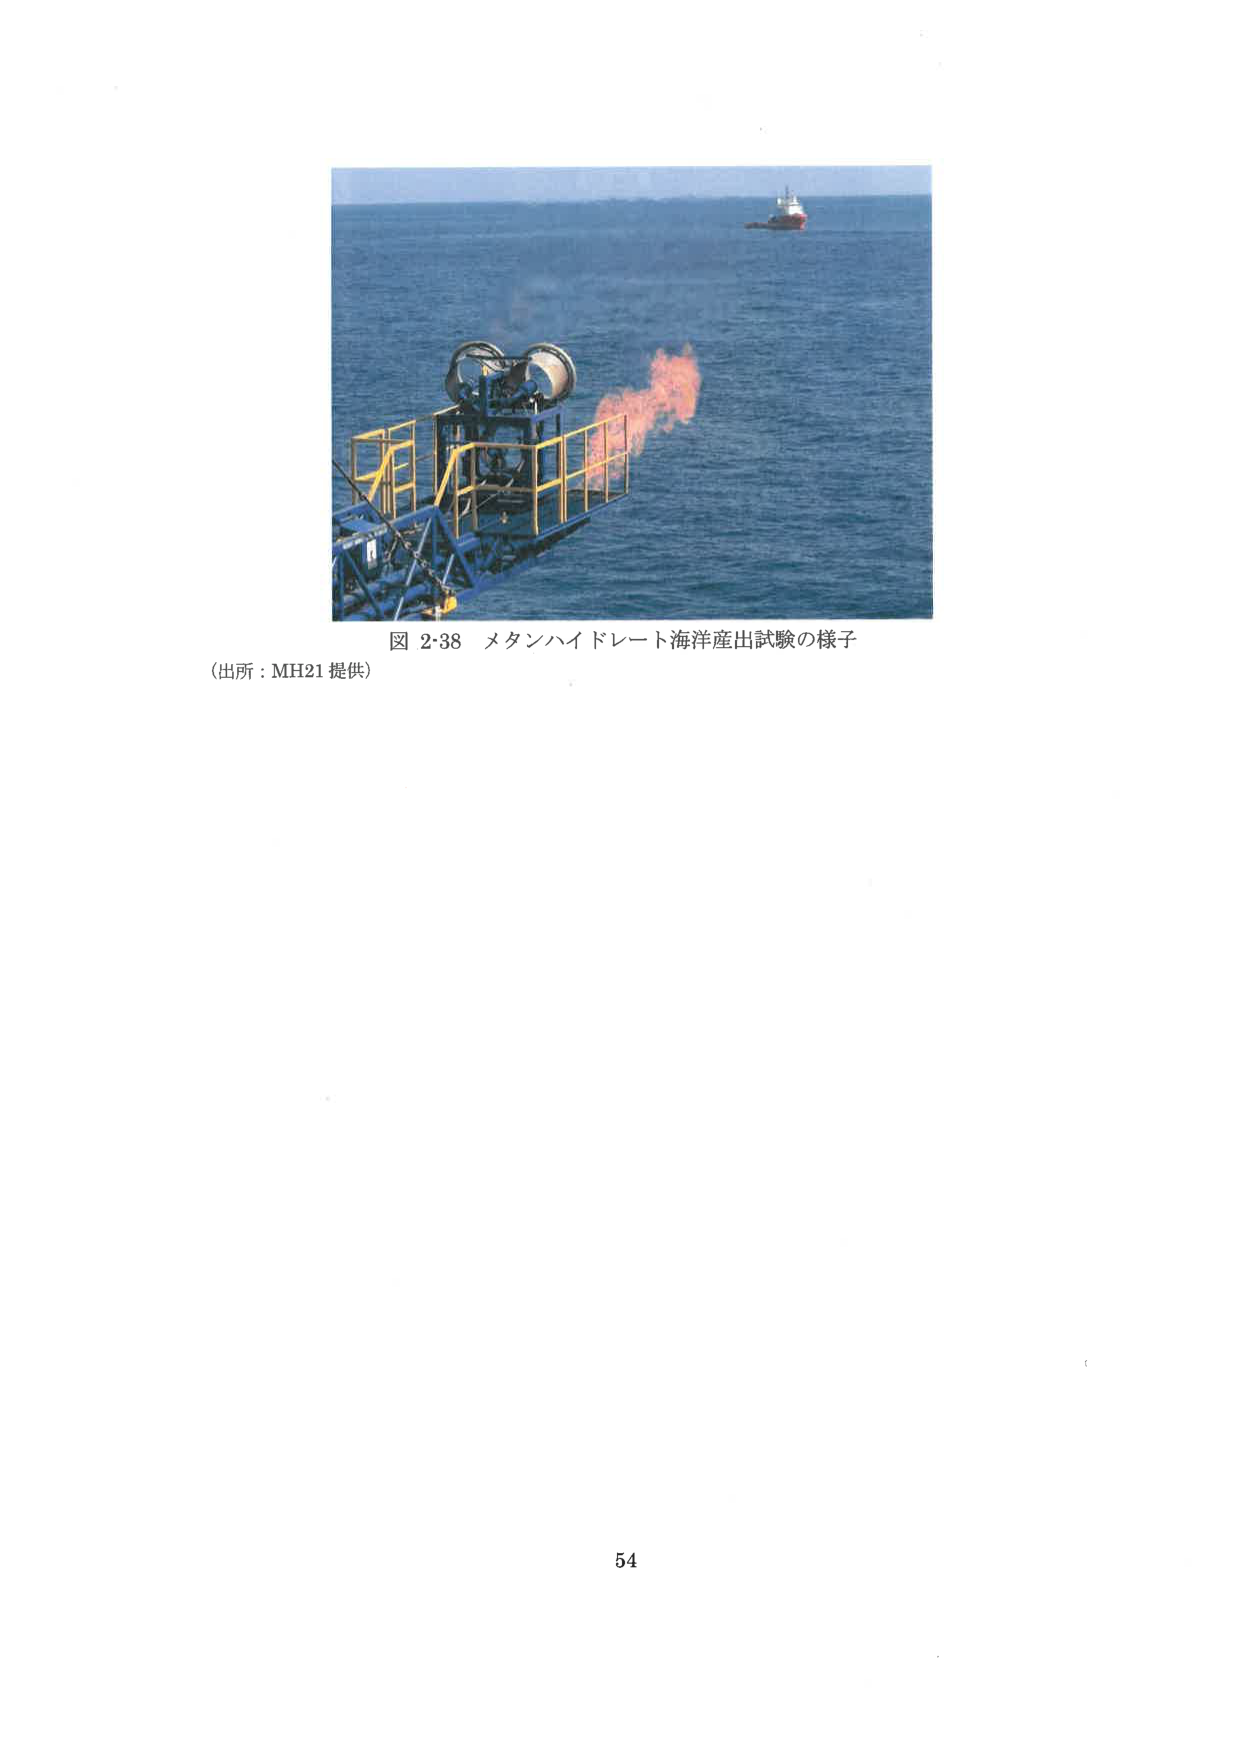
図 2・38 メタンハイドレート海洋産出試験の様子
（出所：MH21 提供）
54